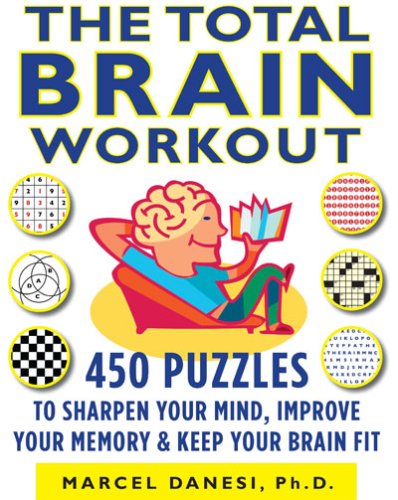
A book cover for The Total Brain Workout: 450 Puzzles to Sharpen Your Mind, Improve Your Memory & Keep Your Brain Fit; Marcel Danesi; Humor & Entertainment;